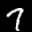
Label: 7